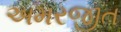
અમરજીત